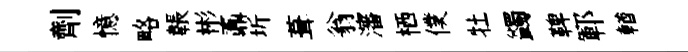
劑憶略韔彬鼒圻葺翁瀋栖僕牡蠲鞞鄆輶